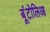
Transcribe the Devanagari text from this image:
बूंटोलिआ